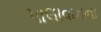
પાલાવાનના